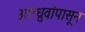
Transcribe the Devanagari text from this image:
अष्टध्रुवांपासून